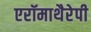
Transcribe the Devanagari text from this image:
एरॉमाथैरेपी